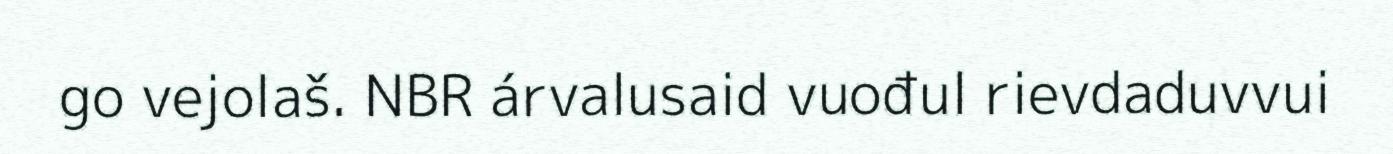
go vejolaš. NBR árvalusaid vuođul rievdaduvvui